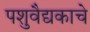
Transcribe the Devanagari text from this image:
पशुवैद्यकाचे